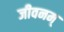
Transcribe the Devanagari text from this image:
जीवनम्‌